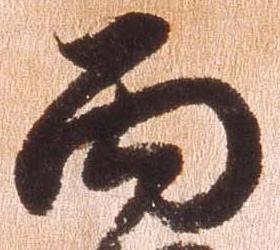
面